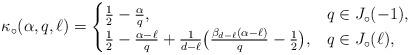
LaTeX: \begin{align*}\kappa_\circ(\alpha,q,\ell) = \begin{cases}\tfrac12-\tfrac{\alpha}{q}, & q\in J_\circ(-1), \\\tfrac 12 - \tfrac{\alpha-\ell}q + \tfrac1{d-\ell} \big( \tfrac{\beta_{d-\ell}(\alpha-\ell)}q - \tfrac 12 \big), & q \in J_\circ(\ell), \end{cases}\end{align*}